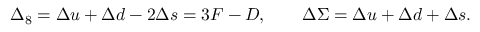
\Delta _ { 8 } = \Delta u + \Delta d - 2 \Delta s = 3 { \cal F } - { \cal D } , \qquad \Delta \Sigma = \Delta u + \Delta d + \Delta s .